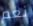
نعم